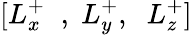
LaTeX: [L_{x}^{+}\; \; ,\; L_{y}^{+},\; \; L_{z}^{+}]